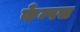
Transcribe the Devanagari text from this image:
कँम्पस